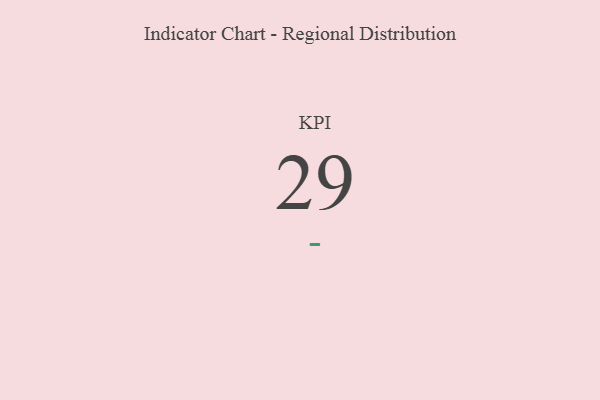
{"axis": {"x": "KPI", "y": "Value"}, "legend": [""], "data": [{"x": "KPI", "y": 29, "type": ""}]}